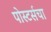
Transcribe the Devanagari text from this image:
पोस्टर्सचा